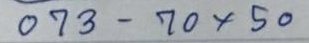
073 - 70x50